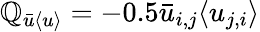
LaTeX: \mathbb{Q}_{\bar{{u}}\langle{u}\rangle}=-0.5\bar{{u}}_{i,j}\langle{u}_{j,i}\rangle